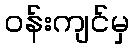
ဝန်းကျင်မှ